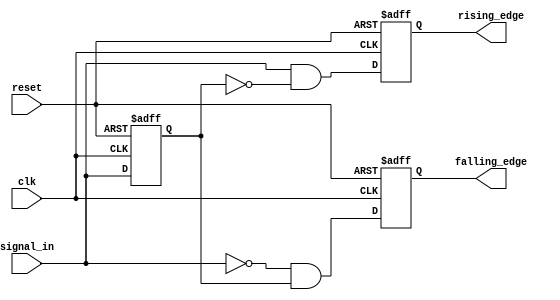
module dual_edge_detector (
    input wire clk,            // Clock input
    input wire reset,          // Asynchronous reset
    input wire signal_in,      // Input signal to detect edges
    output reg rising_edge,    // Output signal for rising edge detection
    output reg falling_edge     // Output signal for falling edge detection
);

    // Register to hold the previous state of the input signal
    reg previous_state;

    // Asynchronous reset and edge detection logic
    always @(posedge clk or posedge reset) begin
        if (reset) begin
            previous_state <= 1'b0;  // Initialize previous state to 0
            rising_edge <= 1'b0;      // Initialize rising edge output to 0
            falling_edge <= 1'b0;     // Initialize falling edge output to 0
        end else begin
            // Edge detection logic
            rising_edge <= (signal_in && ~previous_state); // Rising edge detected
            falling_edge <= (~signal_in && previous_state); // Falling edge detected

            // Update the previous state with the current state
            previous_state <= signal_in;
        end
    end

endmodule